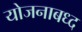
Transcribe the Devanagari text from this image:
योजनाबध्द